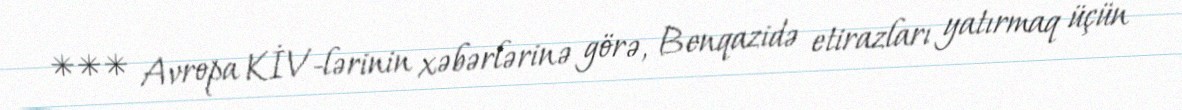
*** Avropa KİV-lərinin xəbərlərinə görə, Benqazidə etirazları yatırmaq üçün